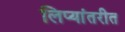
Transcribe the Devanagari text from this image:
लिप्यांतरीत